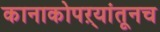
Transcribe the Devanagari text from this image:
कानाकोपऱ्यांतूनच